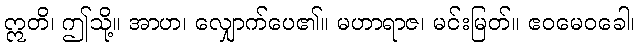
ဣတိ၊ ဤသို့။ အာဟ၊ လျှောက်ပေ၏။ မဟာရာဇ၊ မင်းမြတ်။ ဧဝမေဝခေါ၊